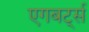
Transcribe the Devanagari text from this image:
एगबर्ट्स